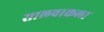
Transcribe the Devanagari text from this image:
सालवाकला